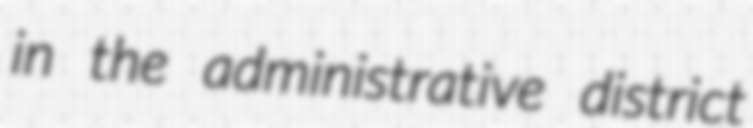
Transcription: in the administrative district